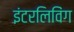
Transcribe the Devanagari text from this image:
इंटरलिविंग